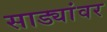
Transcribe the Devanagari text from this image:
साड्यांवर